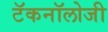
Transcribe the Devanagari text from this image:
टॅकनॉलोजी